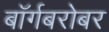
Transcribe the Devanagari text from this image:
बॉर्गबरोबर